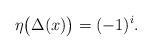
LaTeX: \begin{align*} \eta\bigl(\Delta(x)\bigr) = (-1)^i. \end{align*}